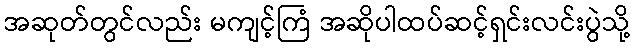
အဆုတ်တွင်လည်း မကျင့်ကြံ အဆိုပါထပ်ဆင့်ရှင်းလင်းပွဲသို့